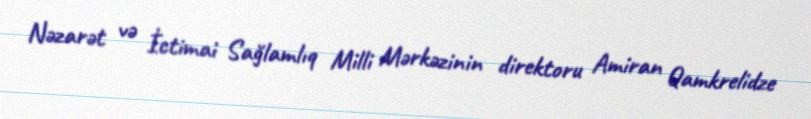
Nəzarət və İctimai Sağlamlıq Milli Mərkəzinin direktoru Amiran Qamkrelidze